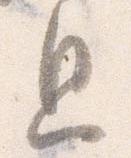
息